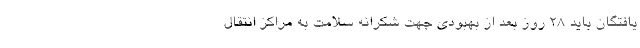
یافتگان باید ۲۸ روز بعد از بهبودی جهت شکرانه سلامت به مراکز انتقال